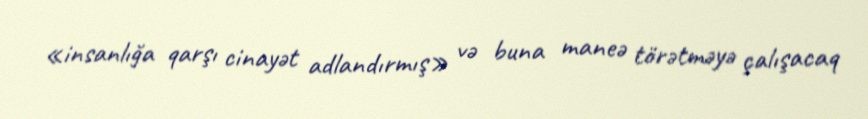
«insanlığa qarşı cinayət adlandırmış» və buna maneə törətməyə çalışacaq